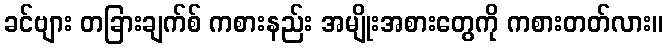
ခင်ဗျား တခြားချက်စ် ကစားနည်း အမျိုးအစားတွေကို ကစားတတ်လား။